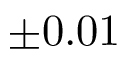
\pm 0 . 0 1